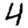
Digit: 4